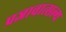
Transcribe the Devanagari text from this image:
प्रजावात्सल्य